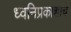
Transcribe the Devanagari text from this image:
ध्वनिप्रकाशाचे